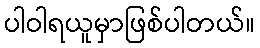
ပါဝါရယူမှာဖြစ်ပါတယ်။